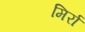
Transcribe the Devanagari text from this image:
मिर्रा